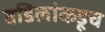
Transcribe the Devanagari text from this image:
वडिलांकडूच